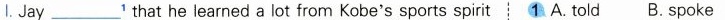
Ⅰ. Jay ___ ^{1} that he learned a lot from Kobe's sports spirit 1.A. told B. spoke